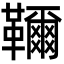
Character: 𩍦